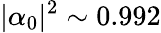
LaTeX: |\alpha_{0}|^{2}\sim 0.992